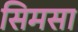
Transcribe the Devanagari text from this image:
सिमसा